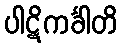
ပါဋိကင်္ခါတိ